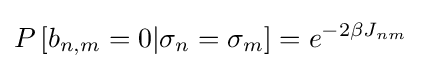
P\left[b_{n,m}=0|\sigma _{n}=\sigma _{m}\right]=e^{-2\beta J_{nm}}